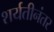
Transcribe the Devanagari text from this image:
शर्यतीनंतर